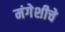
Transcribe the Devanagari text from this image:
मंगेशीचे